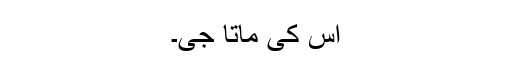
اس کی ماتا جی۔